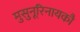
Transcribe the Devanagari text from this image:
मुसुनूरिनायकौ